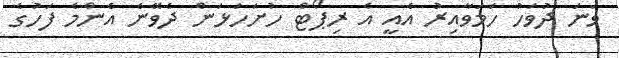
ވަނަ ދުވަހު ހަމަވާއިރު އެއީ އެ ރިޕޯޓް ހުށަހަޅަން ދެވޭނެ އެންމެ ފަހުގެ